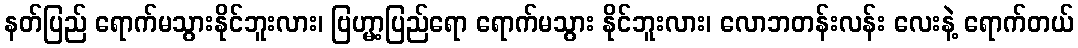
နတ်ပြည် ရောက်မသွားနိုင်ဘူးလား၊ ဗြဟ္မာ့ပြည်ရော ရောက်မသွား နိုင်ဘူးလား၊ လောဘတန်းလန်း လေးနဲ့ ရောက်တယ်